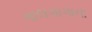
ગાલગાગાના